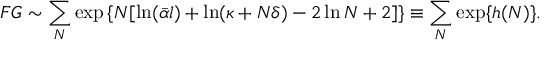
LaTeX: { \cal F } G \sim \sum _ { N } \exp \left\{ N [ \ln ( \bar { \alpha } l ) + \ln ( \kappa + N \delta ) - 2 \ln N + 2 ] \right\} \equiv \sum _ { N } \exp \{ h ( N ) \} .